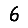
Digit: 6